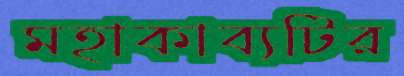
মহাকাব্যটির